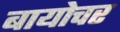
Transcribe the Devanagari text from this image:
बायोचर